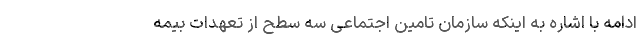
ادامه با اشاره به اینکه سازمان تامین اجتماعی سه سطح از تعهدات بیمه